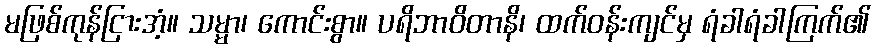
မဖြစ်ကုန်ငြားအံ့။ သမ္မာ၊ ကောင်းစွာ။ ပရိဘာဝိတာနိ၊ ထက်ဝန်းကျင်မှ ရံခါရံခါကြက်၏